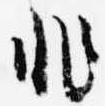
非